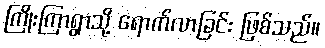
ကြိုးကြာရွာသို့ ရောက်လာခြင်း ဖြစ်သည်။